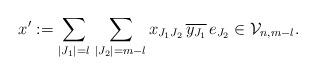
LaTeX: \begin{align*}x':=\sum_{|J_1|=l}\,\sum_{|J_2|=m-l}x_{J_1J_2}\,\overline{y_{J_1}}\,e_{J_2}\in {\cal V}_{n,m-l}.\end{align*}